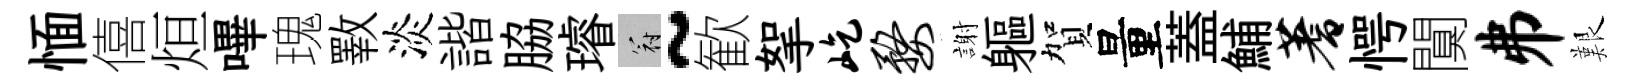
愐僖烜嗶瑰斁淡諧脇璿冠~歓挐屹婺謝軀賀量蓋鯆蓍愕闃井艱